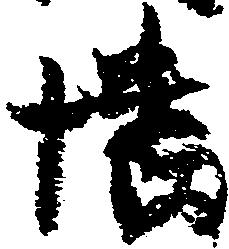
幡